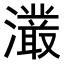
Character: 𭳖